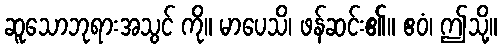
ဆူသောဘုရားအသွင် ကို။ မာပေသိ၊ ဖန်ဆင်း၏။ ဧဝံ၊ ဤသို့။